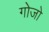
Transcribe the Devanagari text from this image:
गोजो